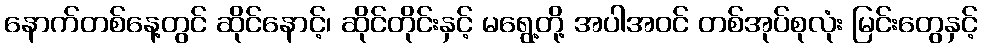
နောက်တစ်နေ့တွင် ဆိုင်နောင့်၊ ဆိုင်တိုင်းနှင့် မရွေ့တို့ အပါအဝင် တစ်အုပ်စုလုံး မြင်းတွေနှင့်